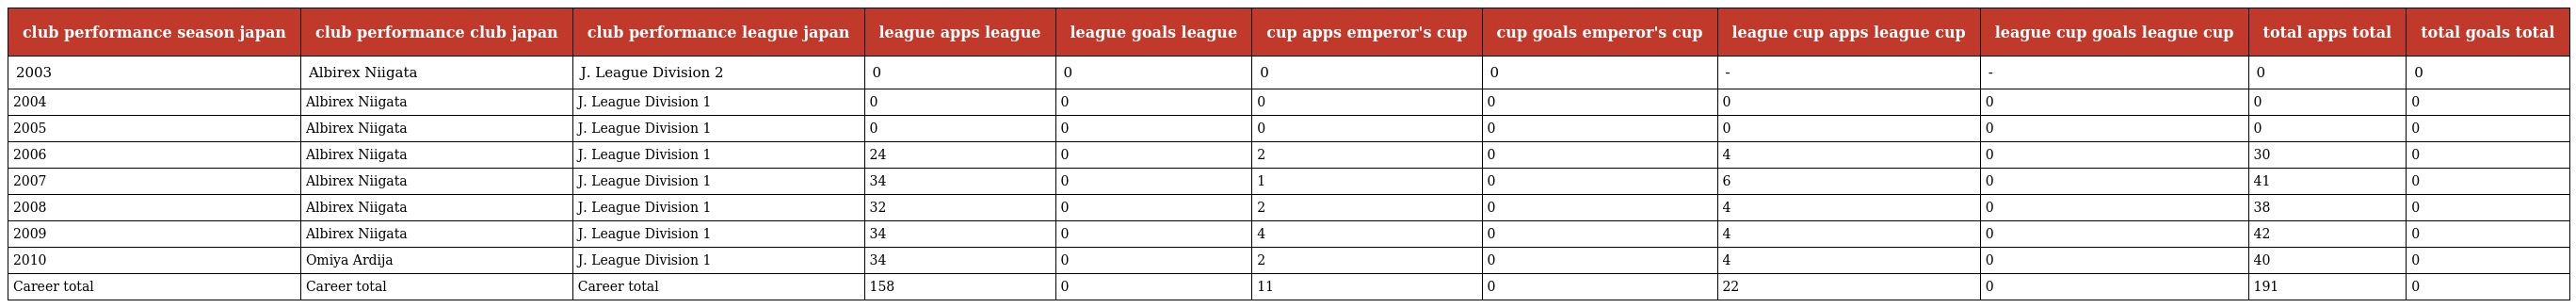
| club performance season japan | club performance club japan | club performance league japan | league apps league | league goals league | cup apps emperor's cup | cup goals emperor's cup | league cup apps league cup | league cup goals league cup | total apps total | total goals total |
 | --- | --- | --- | --- | --- | --- | --- | --- | --- | --- | --- |
 | 2003 | Albirex Niigata | J. League Division 2 | 0 | 0 | 0 | 0 | - | - | 0 | 0 |
 | 2004 | Albirex Niigata | J. League Division 1 | 0 | 0 | 0 | 0 | 0 | 0 | 0 | 0 |
 | 2005 | Albirex Niigata | J. League Division 1 | 0 | 0 | 0 | 0 | 0 | 0 | 0 | 0 |
 | 2006 | Albirex Niigata | J. League Division 1 | 24 | 0 | 2 | 0 | 4 | 0 | 30 | 0 |
 | 2007 | Albirex Niigata | J. League Division 1 | 34 | 0 | 1 | 0 | 6 | 0 | 41 | 0 |
 | 2008 | Albirex Niigata | J. League Division 1 | 32 | 0 | 2 | 0 | 4 | 0 | 38 | 0 |
 | 2009 | Albirex Niigata | J. League Division 1 | 34 | 0 | 4 | 0 | 4 | 0 | 42 | 0 |
 | 2010 | Omiya Ardija | J. League Division 1 | 34 | 0 | 2 | 0 | 4 | 0 | 40 | 0 |
 | Career total | Career total | Career total | 158 | 0 | 11 | 0 | 22 | 0 | 191 | 0 |